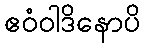
ဧဝံဝါဒိနောပိ